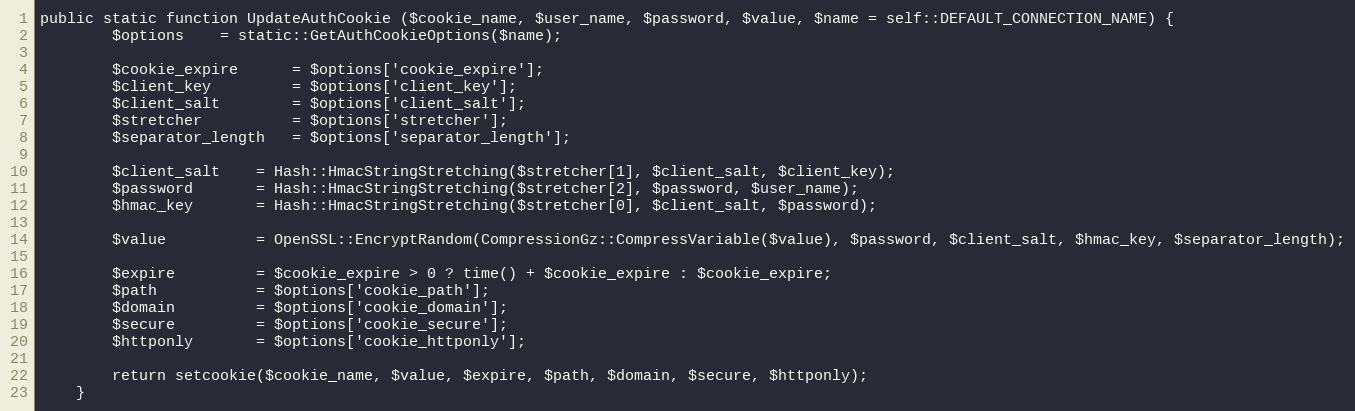
Language: PHP
public static function UpdateAuthCookie ($cookie_name, $user_name, $password, $value, $name = self::DEFAULT_CONNECTION_NAME) {
		$options	= static::GetAuthCookieOptions($name);

		$cookie_expire		= $options['cookie_expire'];
		$client_key			= $options['client_key'];
		$client_salt		= $options['client_salt'];
		$stretcher			= $options['stretcher'];
		$separator_length	= $options['separator_length'];

		$client_salt	= Hash::HmacStringStretching($stretcher[1], $client_salt, $client_key);
		$password		= Hash::HmacStringStretching($stretcher[2], $password, $user_name);
		$hmac_key		= Hash::HmacStringStretching($stretcher[0], $client_salt, $password);

		$value			= OpenSSL::EncryptRandom(CompressionGz::CompressVariable($value), $password, $client_salt, $hmac_key, $separator_length);

		$expire			= $cookie_expire > 0 ? time() + $cookie_expire : $cookie_expire;
		$path			= $options['cookie_path'];
		$domain			= $options['cookie_domain'];
		$secure			= $options['cookie_secure'];
		$httponly		= $options['cookie_httponly'];

		return setcookie($cookie_name, $value, $expire, $path, $domain, $secure, $httponly);
	}